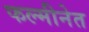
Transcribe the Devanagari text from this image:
फल्मीनेत